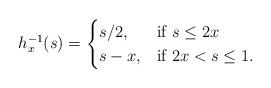
LaTeX: \begin{align*}h_x^{-1}(s) = \begin{cases} s/2, & \mbox{if } s \leq 2x \\ s-x, & \mbox{if } 2x<s \leq 1. \end{cases}\end{align*}